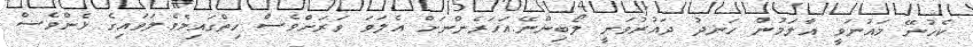
ކެހުނޭ މައުނަވީ އާލަމުން ހަނދު ދައުރުވަނީ ލޯބިންނޭ.އަހަރެންނަށް އެލަވަ ވަރަށްވެސް ހިތްގައިމެވެ.ލަވައިގެ ޅެންވެސް